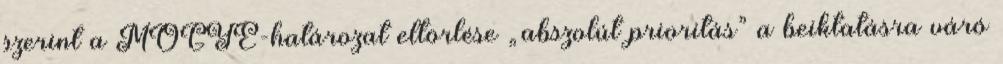
szerint a MOGYE-határozat eltörlése „abszolút prioritás” a beiktatásra váró